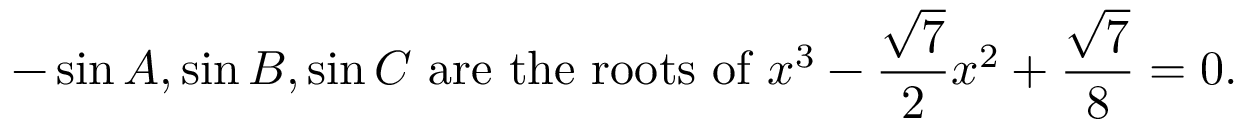
- \sin A , \sin B , \sin C { \mathrm { ~ a r e ~ t h e ~ r o o t s ~ o f ~ } } x ^ { 3 } - { \frac { \sqrt { 7 } } { 2 } } x ^ { 2 } + { \frac { \sqrt { 7 } } { 8 } } = 0 .